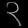
Digit: ၃